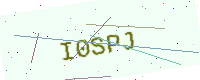
Text: I0SPJ